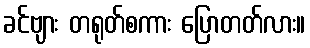
ခင်ဗျား တရုတ်စကား ပြောတတ်လား။